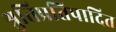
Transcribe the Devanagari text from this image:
श्रुतिप्रतिपादित